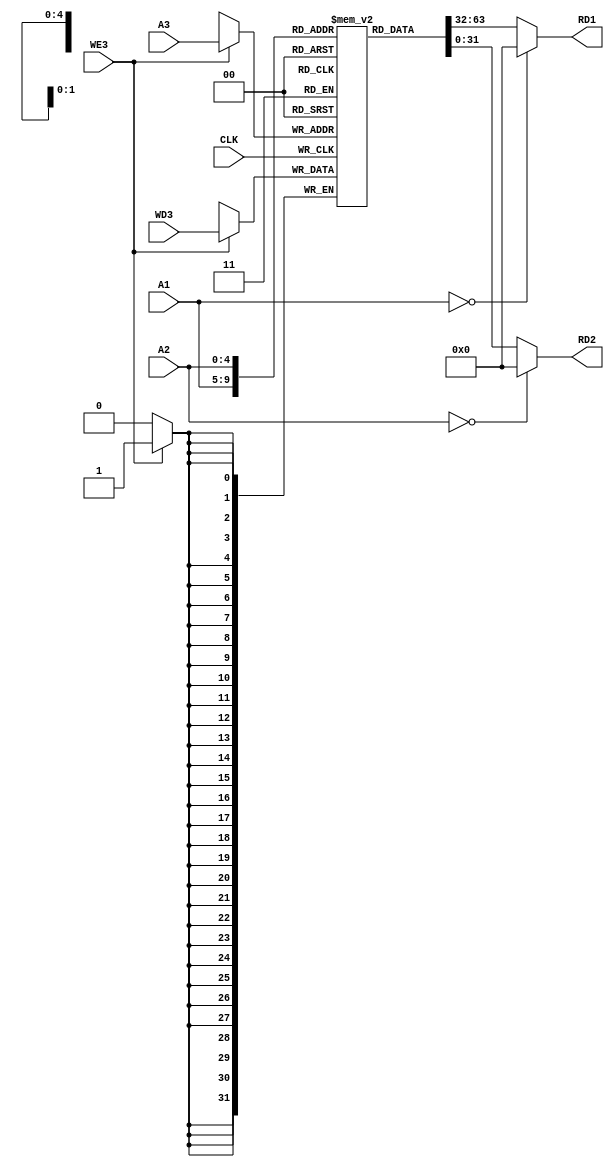
module ram32_32 (             //  
  input           CLK,        //  
  input           WE3,        //    
  input   [4:0]   A1, A2, A3, // 5-  
  input   [31:0]  WD3,        // 32-   
  output  [31:0]  RD1, RD2    // 32-   
);

  reg [31:0] RAM [0:31];   //    32- 32- 
  
  assign RD1 = (A1 == 0) ? 0 : RAM[A1];
  assign RD2 = (A2 == 0) ? 0 : RAM[A2];
  
  always @(posedge CLK)
    if (WE3)
        RAM[A3] <= WD3;


endmodule                 //